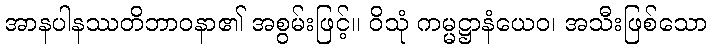
အာနပါနဿတိဘာဝနာ၏ အစွမ်းဖြင့်။ ဝိသုံ ကမ္မဋ္ဌာနံယေဝ၊ အသီးဖြစ်သော